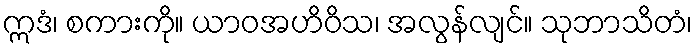
ဣဒံ၊ စကားကို။ ယာဝအဟိဝိသ၊ အလွန်လျင်။ သုဘာသိတံ၊